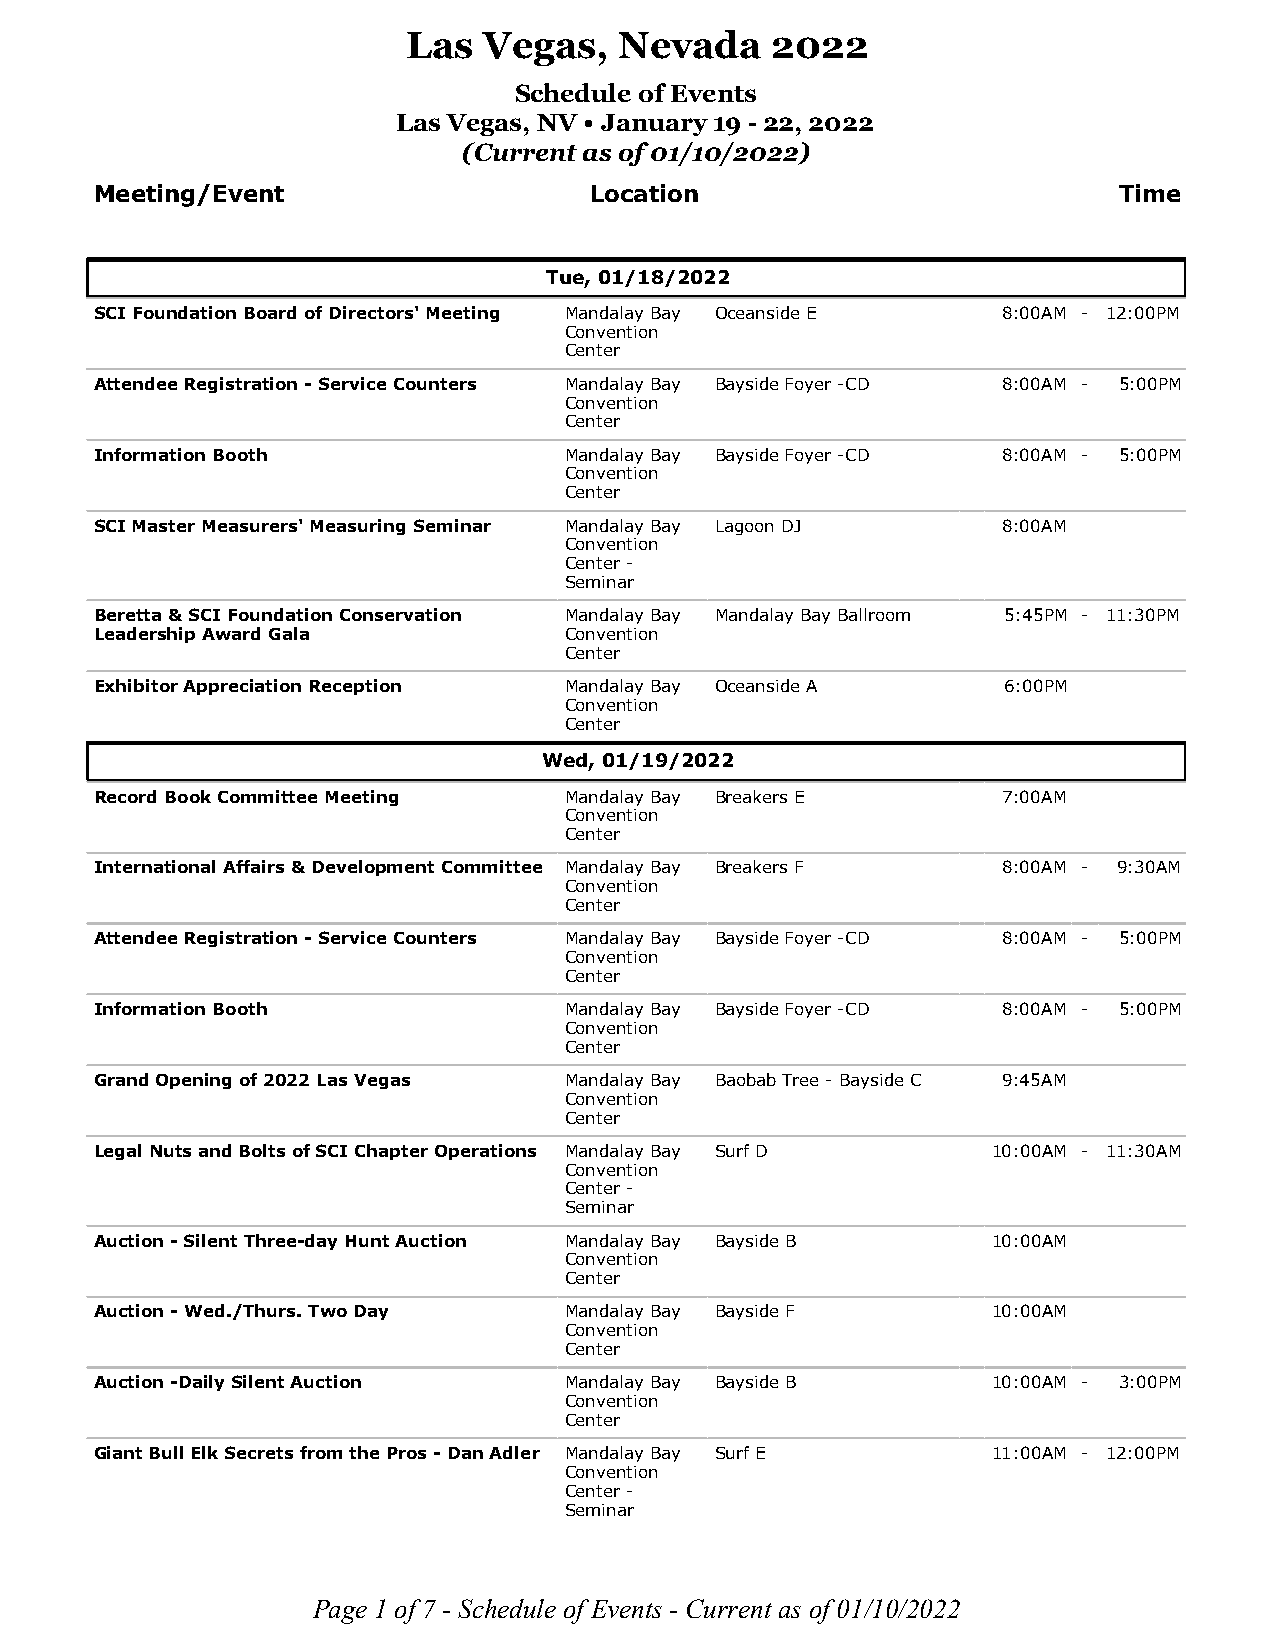
Las  Vegas,   Nevada    2022
 Schedule of Events
 Las Vegas, NV • January 19 - 22, 2022
 (Current as of 01/10/2022)
 Meeting/Event                    Location                           Time
 Tue, 01/18/2022
 SCI Foundation Board of Directors' Meeting Mandalay Bay Oceanside E 8:00AM - 12:00PM
 Convention
 Center
 Attendee Registration - Service Counters Mandalay Bay Bayside Foyer -CD 8:00AM - 5:00PM
 Convention
 Center
 Information Booth              Mandalay Bay Bayside Foyer -CD 8:00AM - 5:00PM
 Convention
 Center
 SCI Master Measurers' Measuring Seminar Mandalay Bay Lagoon DJ 8:00AM
 Convention
 Center -
 Seminar
 Beretta & SCI Foundation Conservation Mandalay Bay Mandalay Bay Ballroom 5:45PM - 11:30PM
 Leadership Award Gala          Convention
 Center
 Exhibitor Appreciation Reception Mandalay Bay Oceanside A   6:00PM
 Convention
 Center
 Wed, 01/19/2022
 Record Book Committee Meeting  Mandalay Bay Breakers E      7:00AM
 Convention
 Center
 International Affairs & Development Committee Mandalay Bay Breakers F 8:00AM - 9:30AM
 Convention
 Center
 Attendee Registration - Service Counters Mandalay Bay Bayside Foyer -CD 8:00AM - 5:00PM
 Convention
 Center
 Information Booth              Mandalay Bay Bayside Foyer -CD 8:00AM - 5:00PM
 Convention
 Center
 Grand Opening of 2022 Las Vegas Mandalay Bay Baobab Tree - Bayside C 9:45AM
 Convention
 Center
 Legal Nuts and Bolts of SCI Chapter Operations Mandalay Bay Surf D 10:00AM - 11:30AM
 Convention
 Center -
 Seminar
 Auction - Silent Three-day Hunt Auction Mandalay Bay Bayside B 10:00AM
 Convention
 Center
 Auction - Wed./Thurs. Two Day  Mandalay Bay Bayside F       10:00AM
 Convention
 Center
 Auction -Daily Silent Auction  Mandalay Bay Bayside B       10:00AM - 3:00PM
 Convention
 Center
 Giant Bull Elk Secrets from the Pros - Dan Adler Mandalay Bay Surf E 11:00AM - 12:00PM
 Convention
 Center -
 Seminar
 Page 1 of 7 - Schedule of Events - Current as of 01/10/2022